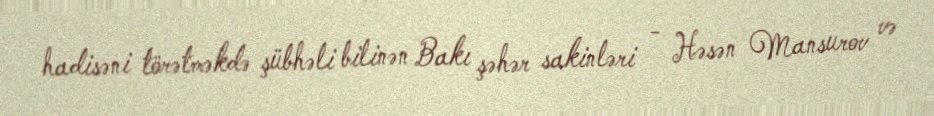
hadisəni törətməkdə şübhəli bilinən Bakı şəhər sakinləri - Həsən Mansurov və